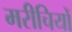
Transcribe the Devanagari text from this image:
मरीचियों